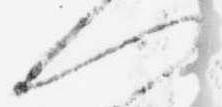
へ